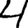
Digit: 4